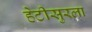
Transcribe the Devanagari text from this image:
हेटीसुरला